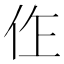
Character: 㑅